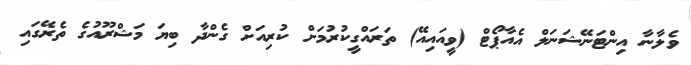
ވެލާނާ އިންޓަނޭޝަނަލް އެއާޕޯޓް (ވީއައިއޭ) ތަރައްގީކުރުމަށް ކުރިއަށް ގެންދާ ބިޔަ މަޝްރޫއުގެ ތެރޭގައި